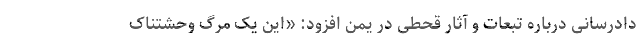
دادرسانی درباره تبعات و آثار قحطی در یمن افزود: «این یک مرگ وحشتناک